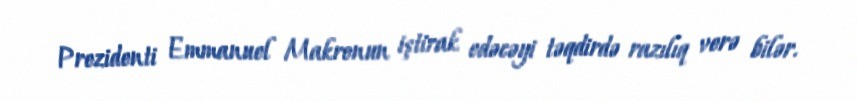
Prezidenti Emmanuel Makronun iştirak edəcəyi təqdirdə razılıq verə bilər.